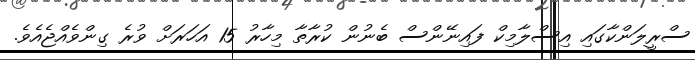
ސްރީލަންކާގައި އިސްލާމިކް ފައިނޭންސް ބެނުން ކުރާތާ މިހާރު 15 އަހަރަށް ވުރެ ގިންވެއްޖެއެވެ.